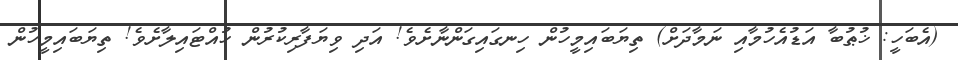
(އެބަހީ: ޚުޠުބާ އަޑުއެހުމާއި ނަމާދަށް) ތިޔަބައިމީހުން ހިނގައިގަންނާށެވެ! އަދި ވިޔަފާރިކުރުން ހުއްޓައިލާށެވެ! ތިޔަބައިމީހުން